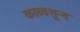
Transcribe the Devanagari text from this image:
काव्यशून्य